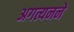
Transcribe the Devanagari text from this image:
अगत्यनने